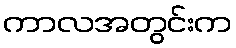
ကာလအတွင်းက